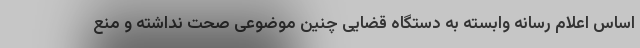
اساس اعلام رسانه وابسته به دستگاه قضایی چنین موضوعی صحت نداشته و منع